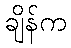
ချိန်က